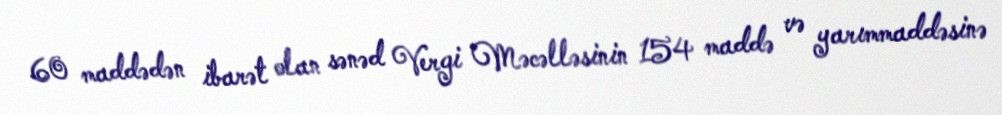
60 maddədən ibarət olan sənəd Vergi Məcəlləsinin 154 maddə və yarımmaddəsinə